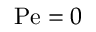
\mathrm { P e } = 0